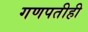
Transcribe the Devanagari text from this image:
गणपतीही